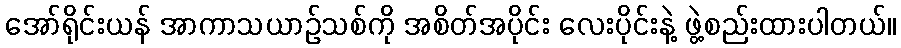
အော်ရိုင်းယန် အာကာသယာဉ်သစ်ကို အစိတ်အပိုင်း လေးပိုင်းနဲ့ ဖွဲ့စည်းထားပါတယ်။